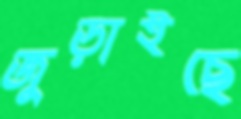
জুড়াইছে